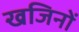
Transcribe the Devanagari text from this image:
खजिनों